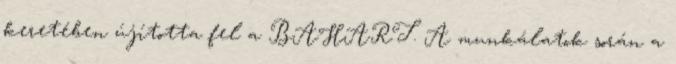
keretében újította fel a BAHART. A munkálatok során a